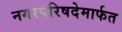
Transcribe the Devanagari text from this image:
नगरपरिषदेमार्फत